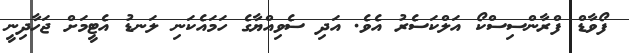
ފޯވާޑް ފްރާންސިސްކޯ އަލްކަސެރު އެވެ. އަދި ސެވިއްޔާގެ ހަމައެކަނި ލަނޑު އެޓީމަށް ޖަހާދިނީ